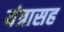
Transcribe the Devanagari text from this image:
यंत्रासह